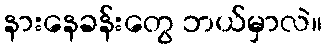
နားနေခန်းတွေ ဘယ်မှာလဲ။